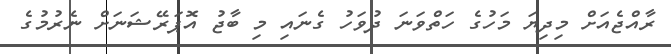
ރާއްޖެއަށް މިދިޔަ މަހުގެ ހަތްވަނަ ދުވަހު ގެނައި މި ބާޖު އޮޕަރޭޝަނަށް ނެރުމުގެ